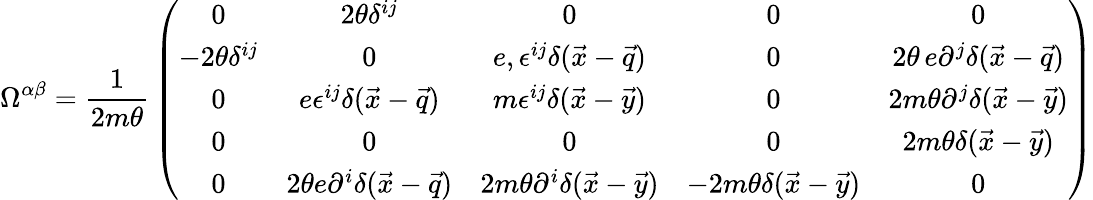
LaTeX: {\Omega}^{\alpha\beta}={\frac{1}{2m\theta}}\left(\begin{array}{ccccc}{{0}}&{{2\theta\delta^{ij}}}&{{0}}&{{0}}&{{0}}\\ {{-2\theta\delta^{ij}}}&{{0}}&{{{e},\epsilon^{ij}\delta(\vec{x}-\vec{q})}}&{{0}}&{{2\theta\, e\partial^{j}\delta(\vec{x}-\vec{q})}}\\ {{0}}&{{{e}\epsilon^{ij}\delta(\vec{x}-\vec{q})}}&{{m\epsilon^{ij}\delta(\vec{x}-\vec{y})}}&{{0}}&{{2m\theta\partial^{j}\delta(\vec{x}-\vec{y})}}\\ {{0}}&{{0}}&{{0}}&{{0}}&{{2m\theta\delta(\vec{x}-\vec{y})}}\\ {{0}}&{{2\theta{e}\partial^{i}\delta(\vec{x}-\vec{q})}}&{{2m\theta\partial^{i}\delta(\vec{x}-\vec{y})}}&{{-2m\theta\delta(\vec{x}-\vec{y})}}&{{0}}\end{array}\right)